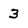
Character: 3